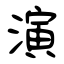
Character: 演